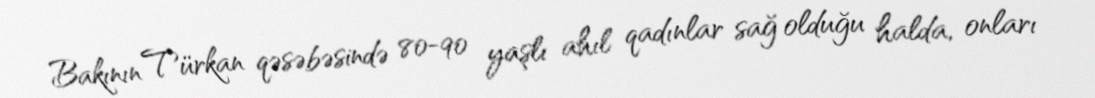
Bakının Türkan qəsəbəsində 80-90 yaşlı ahıl qadınlar sağ olduğu halda, onları